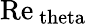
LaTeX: \mathrm{Re}_{\mathrm{\ theta}}